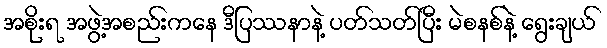
အစိုးရ အဖွဲ့အစည်းကနေ ဒီပြဿနာနဲ့ ပတ်သတ်ပြီး မဲစနစ်နဲ့ ရွေးချယ်